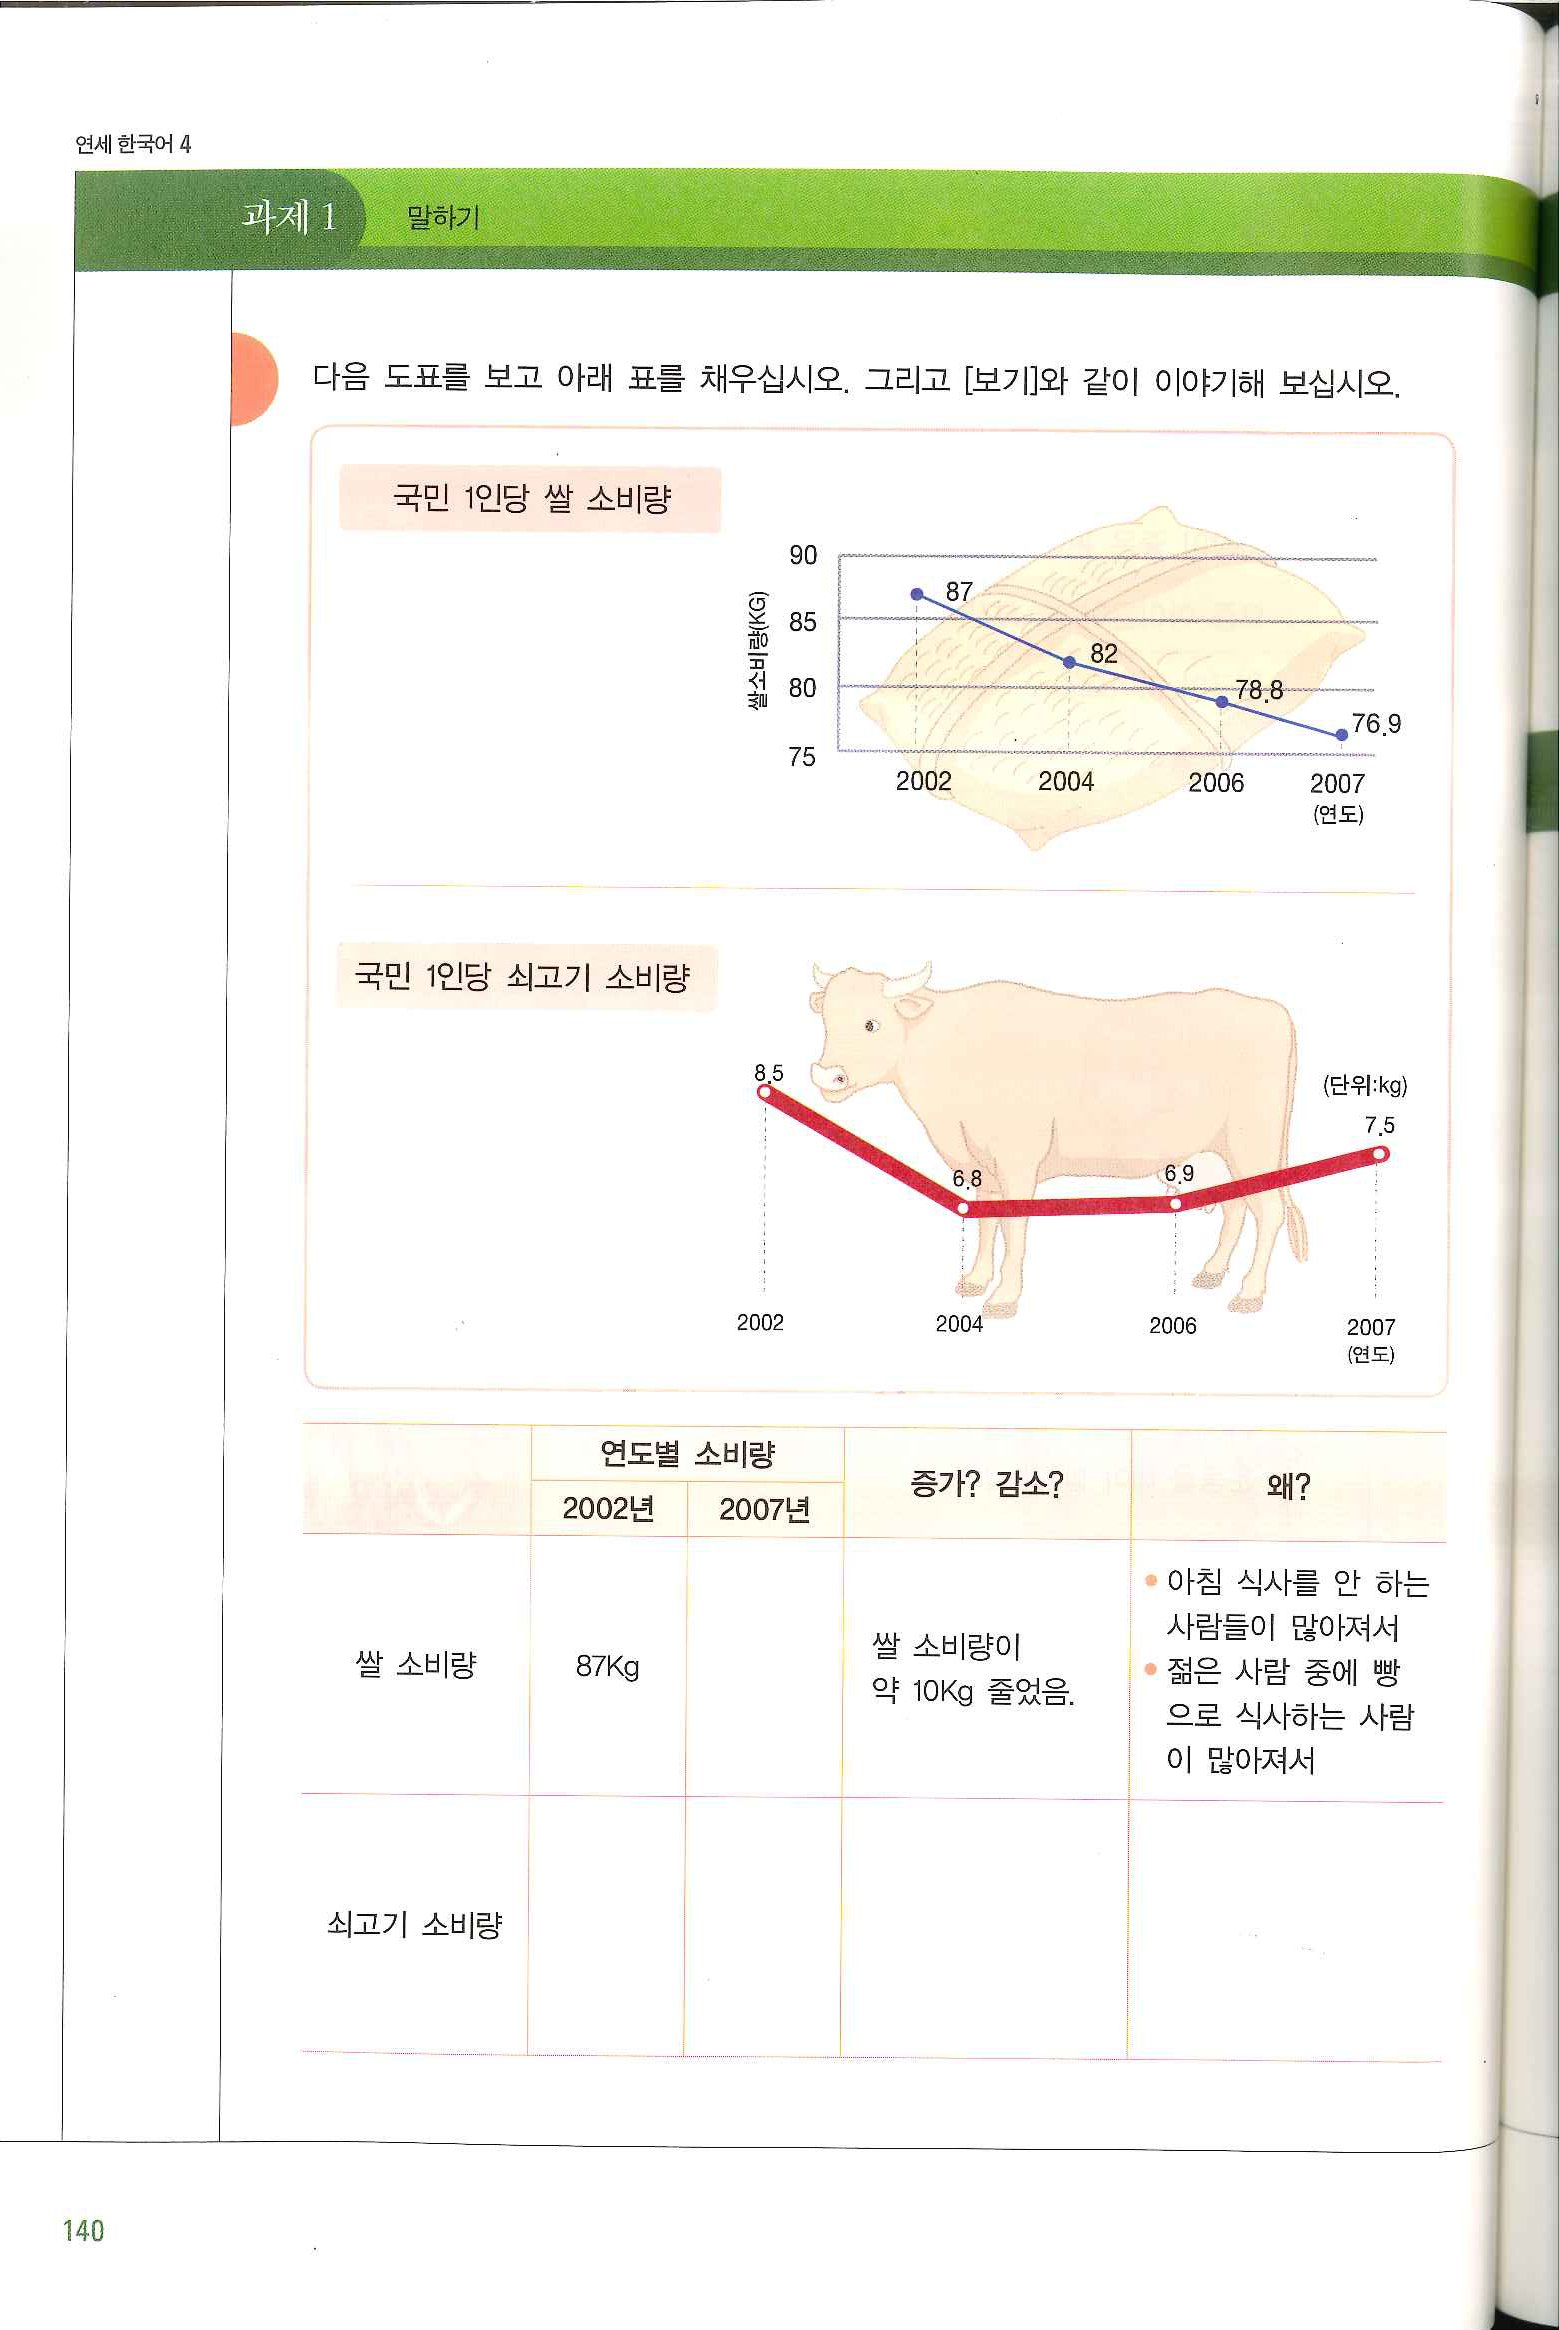
Language: ko